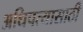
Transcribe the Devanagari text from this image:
अधिपत्यासाठी